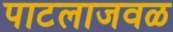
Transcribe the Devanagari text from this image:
पाटलाजवळ